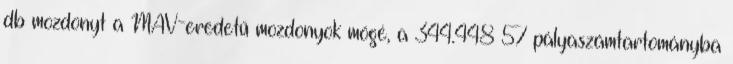
db mozdonyt a MÁV-eredetű mozdonyok mögé, a 344.448–57 pályaszámtartományba